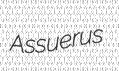
Assuerus